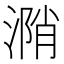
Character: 𣹝